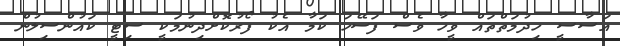
އަސާސީ ހިދުމަތްތައް ވީހާ ވެސް ފަސޭހަ ކަމާ އެކު ފޯރުކޮށްދިނުމަކީ ސިޓީ ކައުންސިލުން